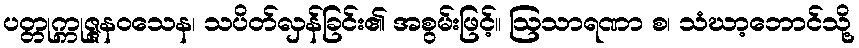
ပတ္တုက္ကုဇ္ဇနဝသေန၊ သပိတ်လှန်ခြင်း၏ အစွမ်းဖြင့်။ ဩသာရဏာ စ၊ သံဃာ့ဘောင်သို့